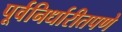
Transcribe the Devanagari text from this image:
पूर्वनिर्धारीतपणे